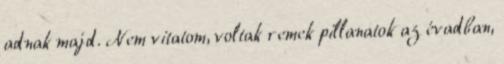
adnak majd. Nem vitatom, voltak remek pillanatok az évadban,